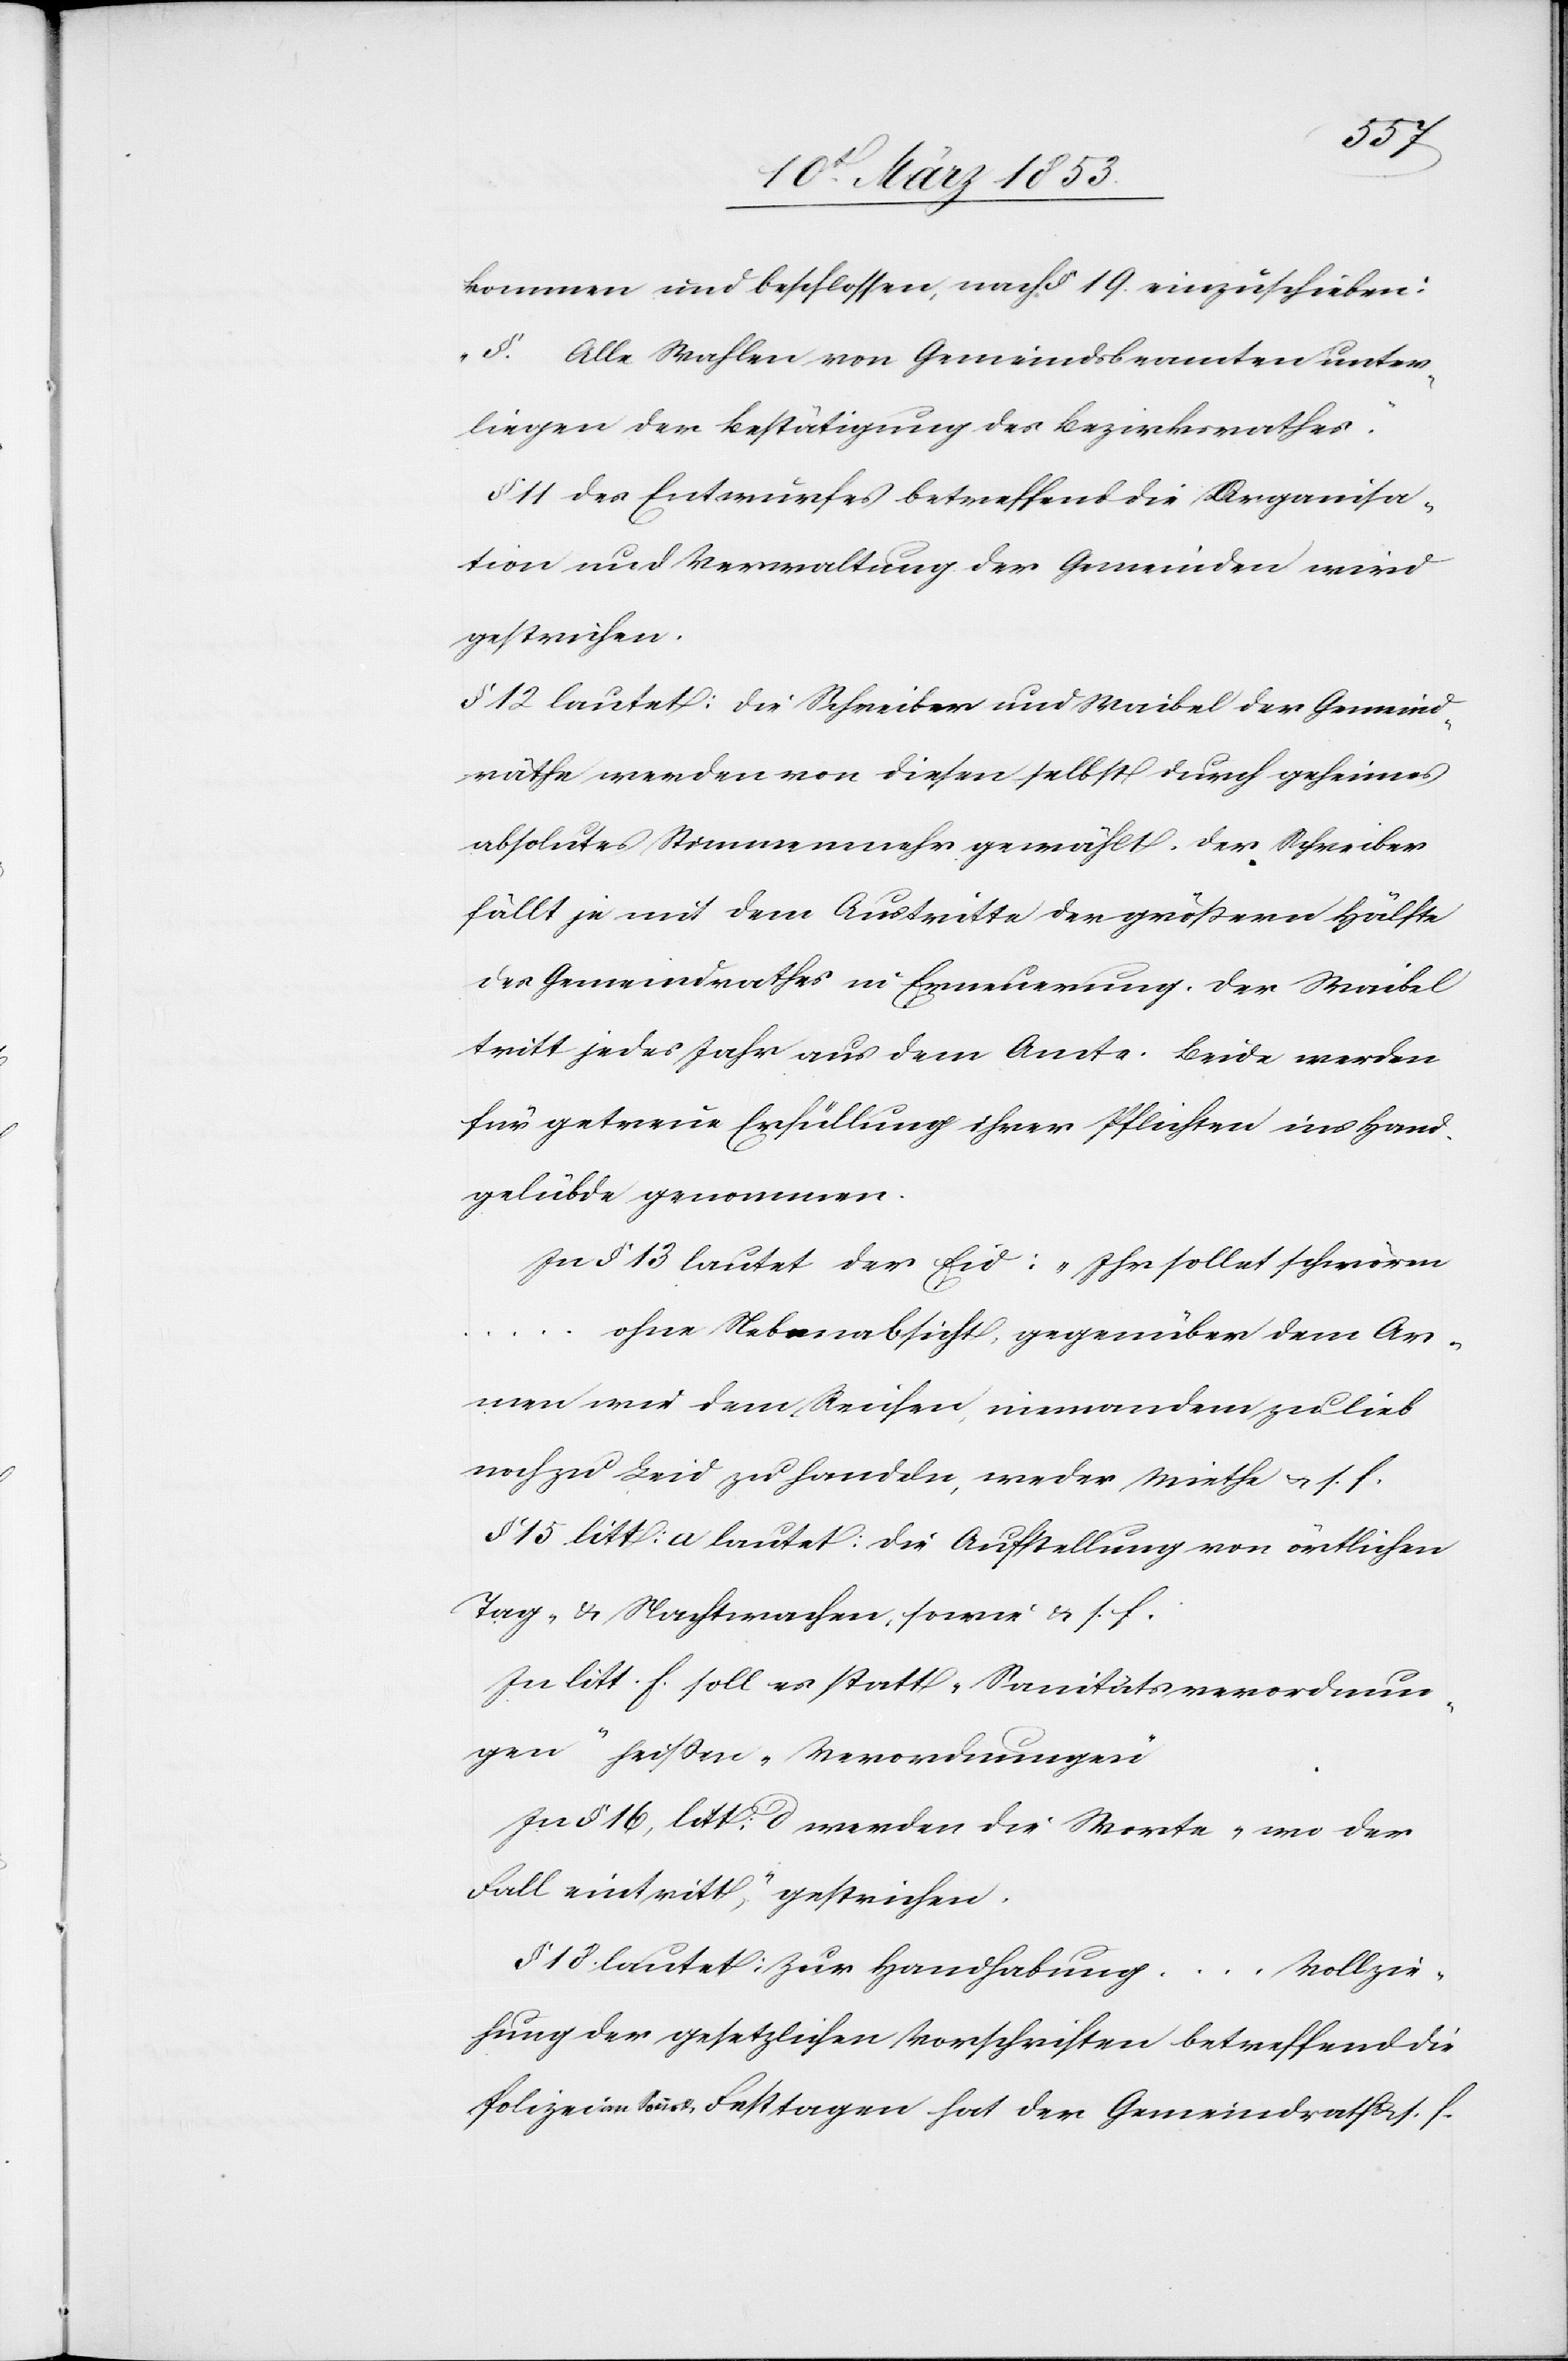
…
gekommen und beschlossen, nach § 19 einzuschieben:
[?] Alle Wahlen von Gemeindsbeamten unter¬
liegen der Bestätigung des Bezirksrathes.“
§ 11 des Entwurfes betreffend die Organisa¬
tion und Verwaltung der Gemeinden wird
gestrichen.
§ 12 lautet: Die Schreiber und Waibel der Gemeind¬
räthe werden von diesen selbst durch geheimes
absolutes Stimmenmehr gewählt. Der Schreiber
fällt je mit dem Austritte der größern Hälfte
des Gemeindrathes in Erneuerung. Der Waibel
tritt jedes Jahr aus dem Amte. Beide werden
für getreue Erfüllung ihrer Pflichten ins Hand¬
gelübde genommen.
In § 13 lautet der Eid: „Ihr sollet schwören
ohne Nebenabsicht, gegenüber dem Ar¬
men und dem Reichen, niemandem zu lieb
noch zu Leid zu handeln, weder Miethe u. s. f.
§ 15 litt: a lautet: die Aufstellung von örtlichen
Tag- u. Nachtwachen, sowie u. s. f.
In litt: h. soll es statt „Sanitätsverordnun¬
gen“ heißen „Verordnungen“
In § 16, litt: d werden die Worte „wo der
Fall eintritt“, gestrichen.
§ 18. lautet: Zur Handhabung … Vollzie¬
hung der gesetzlichen Vorschriften betreffend die
Polizei an Sonn- u. Festtagen hat der Gemeindrath u. s. f.